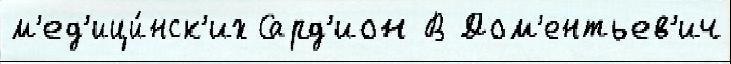
м'ед'ици́нск'их Сард'ион В Дом'ентьев'ич